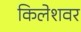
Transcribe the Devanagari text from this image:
किलेशवर